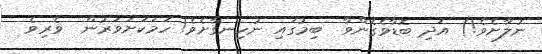
ނުލާށެވެ!) އަދި ބޮޑާވެގެންވާ  ބިމުގައި ނުހިނގާށެވެ! ހަމަކަށަވަރުން  ވެރިވެ